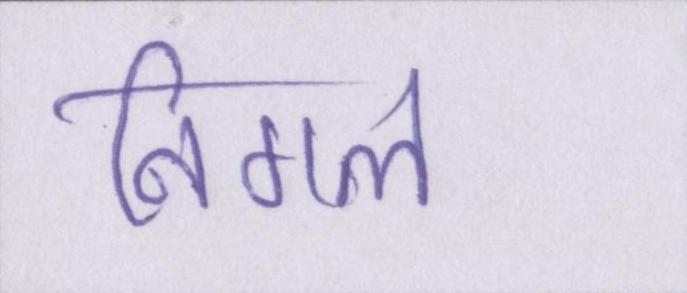
निगल